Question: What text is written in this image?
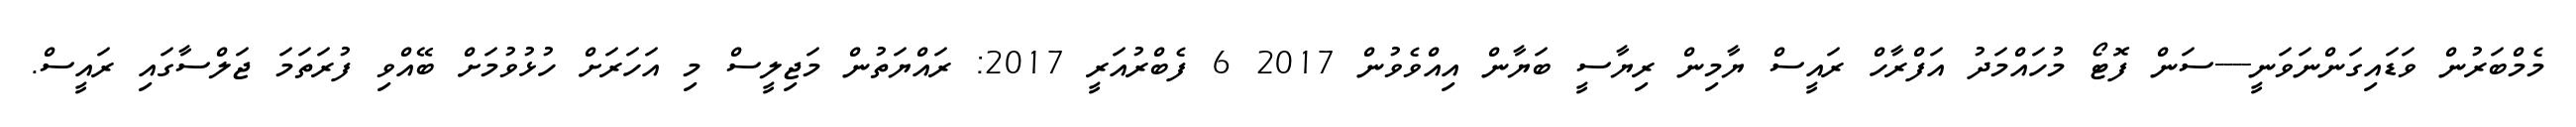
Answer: މެމްބަރުން ވަޑައިގަންނަވަނީ----ސަން ފޮޓޯ މުހައްމަދު އަފްރާހް ރައީސް ޔާމިން ރިޔާސީ ބަޔާން އިއްވެވުން 2017 6 ފެބްރުއަރީ 2017: ރައްޔަތުން މަޖިލީސް މި އަހަރަށް ހުޅުވުމަށް ބޭއްވި ފުރަތަމަ ޖަލްސާގައި ރައީސް.